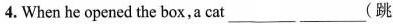
4. When he opened the box,a cat___ ___(跳